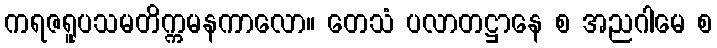
ကရဇရူပသမတိက္ကမနကာလော။ တေသံ ပလာတဋ္ဌာနေ စ အညဂါမေ စ